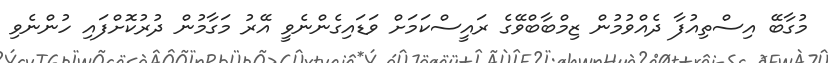
މުގާބޭ އިސްތިއުފާ ދެއްވުމުން ޒިމްބާބްވޭގެ ރައީސްކަމަށް ވަޑައިގެންނެވީ އޭރު މަގާމުން ދުރުކޮށްފައި ހުންނެވި